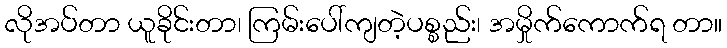
လိုအပ်တာ ယူခိုင်းတာ၊ ကြမ်းပေါ်ကျတဲ့ပစ္စည်း၊ အမှိုက်ကောက်ရ တာ။